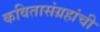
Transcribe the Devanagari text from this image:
कवितासंग्रहांची